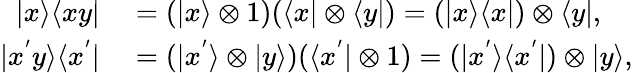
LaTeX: \begin{array}{rl}{|x\rangle\langle xy|}&{{}=(|x\rangle\otimes 1)(\langle x|\otimes\langle y|)=(|x\rangle\langle x|)\otimes\langle y|,}\\ {|x^{'}y\rangle\langle x^{'}|}&{{}=(|x^{'}\rangle\otimes|y\rangle)(\langle x^{'}|\otimes 1)=(|x^{'}\rangle\langle x^{'}|)\otimes|y\rangle,}\end{array}